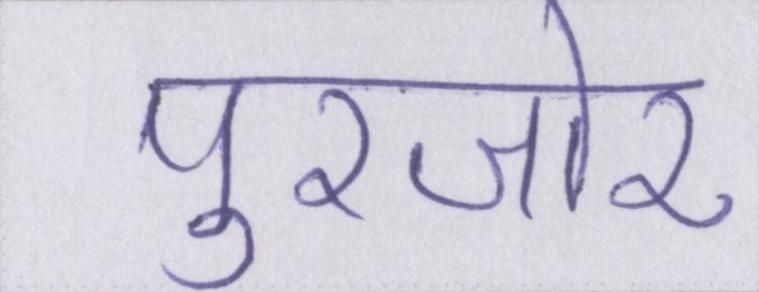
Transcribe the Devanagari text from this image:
पुरजोर